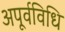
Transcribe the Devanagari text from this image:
अपूर्वविधि